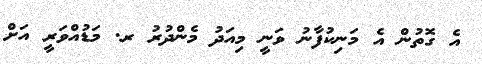
އެ ގޮތުން އެ މަނިކުފާނު ވަނީ މިއަދު މެންދުރު ރ. މަޑުއްވަރީ އަށް